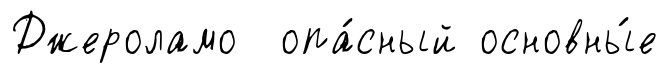
Джероламо опа́сный основны́е